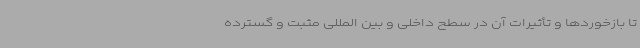
تا بازخوردها و تأثیرات آن در سطح داخلی و بین المللی مثبت و گسترده